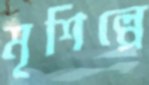
মৃশিল্পে